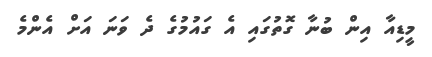
މީޑިއާ އިން ބުނާ ގޮތުގައި އެ ގައުމުގެ ދެ ވަނަ އަށް އެންމެ